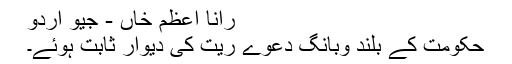
رانا اعظم خاں - جیو اردو
حکومت کے بلند وبانگ دعوے ریت کی دیوار ثابت ہوئے۔